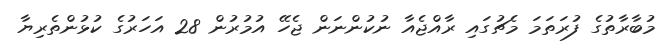
މުބާރާތުގެ ފުރަތަމަ މެޗުގައި ރާއްޖެއާ ނުކުންނަން ޖެހޭ އުމުރުން 28 އަހަރުގެ ކުޅުންތެރިޔާ